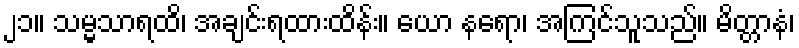
၂၁။ သမ္မသာရထိ၊ အချင်းရထားထိန်း။ ယော နရော၊ အကြင်သူသည်။ မိတ္တာနံ၊